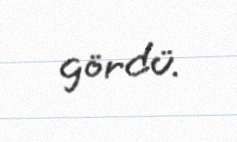
gördü.